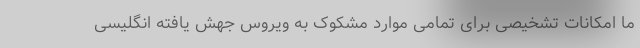
ما امکانات تشخیصی برای تمامی موارد مشکوک به ویروس جهش یافته انگلیسی